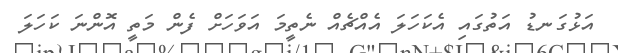
އަޅުގަނޑު އަތުގައި އެކަހަލަ އެއްޗެއް ނެތީމަ އަވަހަށް ފެން މަތީ އޮންނަ ކަހަލަ